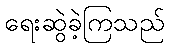
ရေးဆွဲခဲ့ကြသည်